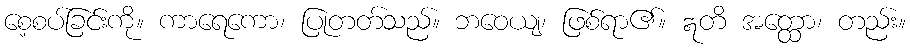
စေ့စပ်ခြင်းကို။ ကာရေကော၊ ပြုတတ်သည်။ ဘဝေယျ၊ ဖြစ်ရာ၏။ ဣတိ အတ္ထော၊ တည်း။